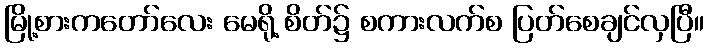
မြို့စားကတော်လေး မေရို့ စိတ်၌ စကားလက်စ ပြတ်စေချင်လှပြီ။